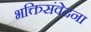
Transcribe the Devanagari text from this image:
भक्तिसंवेदना